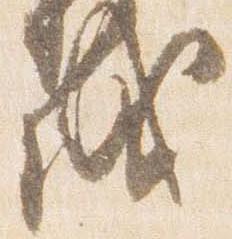
盛